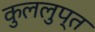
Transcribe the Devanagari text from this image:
कुललुप्त